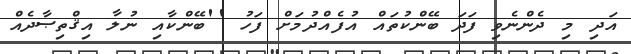
އަދި މި ދެންނެވި ފަދަ ބޭންކުތައް އުފެއްދުމަށް ފަހު ''ބޭންކާއި ނުލާ އިޤްތިޞާދެއް